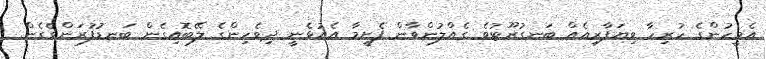
އެމީހުންގެ ހުރިހާ ވިޔަފާރިއެއް ބަނގުރޫޓުވެ ގެއްލުންވާން ފެށީމާ އެއުޅެނީ ދިވެހިންގެ ލޭބޮއިގެން ބަނޑުފުރަންވެގެން.